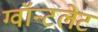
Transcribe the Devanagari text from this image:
ग्वॉन्टलेट